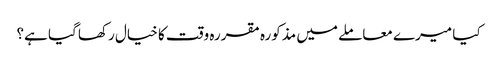
کیا میرے معاملے میں مذکورہ مقررہ وقت کا خیال رکھا گیا ہے؟